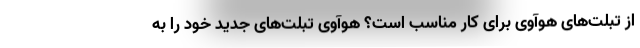
از تبلت‌های هوآوی برای کار مناسب است؟ هوآوی تبلت‌های جدید خود را به